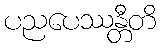
ပညပေဿန္တီတိ